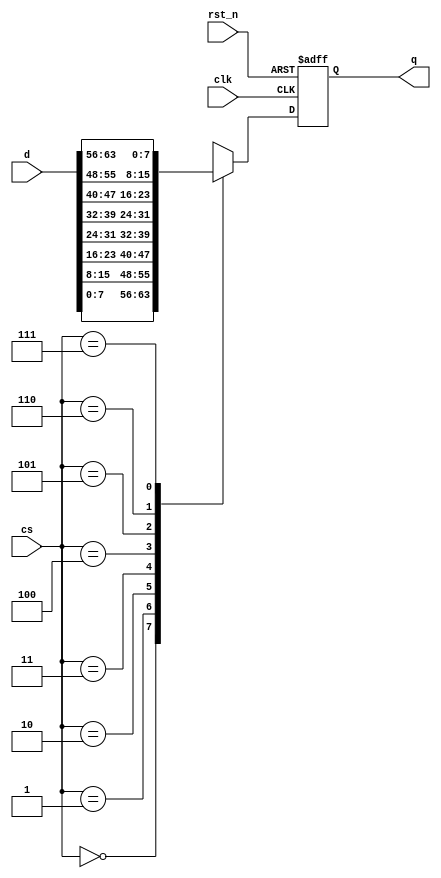
module dot_selector (clk, rst_n, cs, d, q);

  input clk, rst_n;
  input [2:0] cs;
  input [63:0] d;
  output [7:0] q;
  reg [7:0] q;

  always @(posedge clk, negedge rst_n)
    if (!rst_n) q <= 0;
    else case (cs)
      3'b000 : q <= d[7:0];
      3'b001 : q <= d[15:8];
      3'b010 : q <= d[23:16];
      3'b011 : q <= d[31:24];
      3'b100 : q <= d[39:32];
      3'b101 : q <= d[47:40];
      3'b110 : q <= d[55:48];
      3'b111 : q <= d[63:56];
    endcase    
  
endmodule